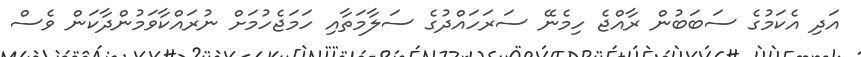
އަދި އެކަމުގެ ސަބަބުން ރާއްޖެ ހިމެނޭ ސަރަހައްދުގެ ސަލާމަތާއި ހަމަޖެހުމަށް ނުރައްކާވަމުންދާކަން ވެސް